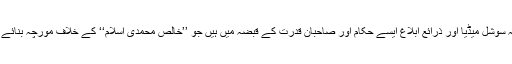
اس لئے کہ سوشل میڈیا اور ذرائع ابلاغ ایسے حکام اور صاحبان قدرت کے قبضہ میں ہیں جو ’’خالص محمدی اسلام‘‘ کے خلاف مورچہ بنائے ہوئے ہیں۔